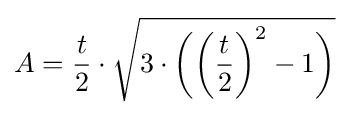
A={\dfrac {t}{2}}\cdot {\sqrt {3\cdot {\bigg (}{\bigg (}{\dfrac {t}{2}}{\bigg )}^{2}-1{\bigg )}}}